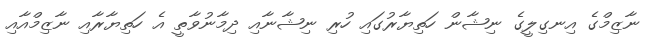
ނާޒިމްގެ އިނގިލީގެ ނިޝާން ހަތިޔާރުގައި ހުރި ނިޝާނާއި ދިމާނުވާތީ އެ ހަތިޔާރާއި ނާޒިމްއާއި